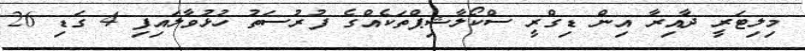
މިލިޓަރީ ދާއިރާ އިން ޑިގްރީ ސްކޯލާޝިޕްތަކެއްގެ ފުރުސަތު ހުޅުވާލައިފި 4 ގަޑި 26